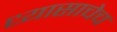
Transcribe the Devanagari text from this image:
ध्यासाचेच